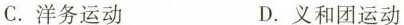
C.洋务运动 D.义和团运动